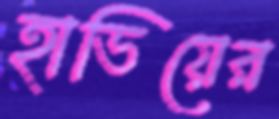
হাভিয়ের